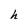
Character: h